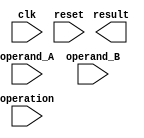
module floating_point_unit(
    input wire clk,        // Clock signal
    input wire reset,      // Reset signal
    input wire [63:0] operand_A,    // Input operand A
    input wire [63:0] operand_B,    // Input operand B
    input wire [3:0] operation,     // Operation selector (0: addition, 1: subtraction, 2: multiplication, 3: division)
    output reg [63:0] result       // Output result
);

// Define internal signals
reg [5:0] exponent_A;
reg [57:0] mantissa_A;
reg sign_A;
reg [5:0] exponent_B;
reg [57:0] mantissa_B;
reg sign_B;
reg [5:0] exponent_result;
reg [57:0] mantissa_result;
reg sign_result;

// Initial register assignments
initial begin
    exponent_A <= operand_A[63:58];
    mantissa_A <= operand_A[57:0];
    sign_A <= operand_A[63];
    exponent_B <= operand_B[63:58];
    mantissa_B <= operand_B[57:0];
    sign_B <= operand_B[63];
    // Other initializations as needed
end

// Arithmetic operations based on operation selector
always @ (posedge clk or posedge reset) begin
    if (reset) begin
        // Reset internal signals
        exponent_result <= 6'b0;
        mantissa_result <= 58'b0;
        sign_result <= 1'b0;
    end else begin
        case (operation)
            0: begin   // Addition
                // Perform addition operation
                // Update internal signals for result
            end
            1: begin   // Subtraction
                // Perform subtraction operation
                // Update internal signals for result
            end
            2: begin   // Multiplication
                // Perform multiplication operation
                // Update internal signals for result
            end
            3: begin   // Division
                // Perform division operation
                // Update internal signals for result
            end
            default: begin
                // Handle invalid operation
            end
        endcase
    end
end

// Assign output result based on internal signals
always @* begin
    // Convert internal signals to output result format
    // Assign to result
end

endmodule